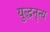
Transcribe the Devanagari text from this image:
युद्धनृत्य